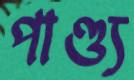
পাণ্ড্য